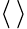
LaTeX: \langle\, \rangle